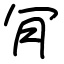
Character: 肎